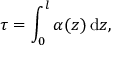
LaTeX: \tau = \int _ { 0 } ^ { l } \alpha ( z ) \, \mathrm { d } z ,